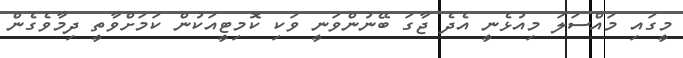
މީގައި މައްސަލަ މިއުޅެނީ އެދެ ޖާގަ ބޭނުންވަނީ ވަކި ކޮމިޓީއަކުން ކަމަށްވާތީ ދިމާވެގެން